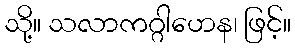
သို့။ သလာကဂ္ဂါဟေန၊ ဖြင့်။